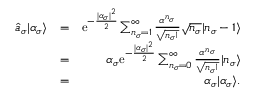
\begin{array} { r l r } { \hat { a } _ { \sigma } | \alpha _ { \sigma } \rangle } & { = } & { \mathrm { e } ^ { - \frac { | \alpha _ { \sigma } | ^ { 2 } } { 2 } } \sum _ { n _ { \sigma } = 1 } ^ { \infty } \frac { \alpha ^ { n _ { \sigma } } } { \sqrt { n _ { \sigma } ! } } \sqrt { n _ { \sigma } } | n _ { \sigma } - 1 \rangle } \\ & { = } & { \alpha _ { \sigma } \mathrm { e } ^ { - \frac { | \alpha _ { \sigma } | ^ { 2 } } { 2 } } \sum _ { n _ { \sigma } = 0 } ^ { \infty } \frac { \alpha ^ { n _ { \sigma } } } { \sqrt { n _ { \sigma } ! } } | n _ { \sigma } \rangle } \\ & { = } & { \alpha _ { \sigma } | \alpha _ { \sigma } \rangle . } \end{array}